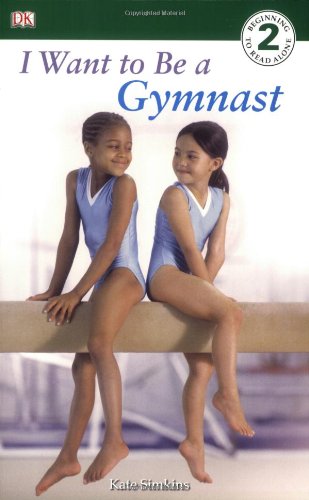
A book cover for DK Readers L2: I Want to Be a Gymnast; Kate Simkins; Children's Books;